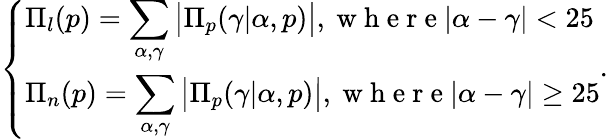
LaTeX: \left\{ \begin{array}{ll}{\Pi_{l}(p)=\displaystyle\sum_{\alpha,\gamma}\big\vert\Pi_{p}(\gamma\vert\alpha,p)\big\vert,\mathrm{~w~h~e~r~e~}\vert\alpha-\gamma\vert<25}\\ {\Pi_{n}(p)=\displaystyle\sum_{\alpha,\gamma}\big\vert\Pi_{p}(\gamma\vert\alpha,p)\big\vert,\mathrm{~w~h~e~r~e~}\vert\alpha-\gamma\vert\ge 25}\end{array}\right..